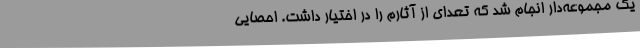
یک مجموعه‌دار انجام شد که تعدای از آثارم را در اختیار داشت. احصایی